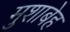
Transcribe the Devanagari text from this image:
मुशाबेह